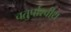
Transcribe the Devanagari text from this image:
चतुर्पाश्वीय